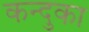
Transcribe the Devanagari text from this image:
कन्दुका